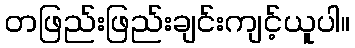
တဖြည်းဖြည်းချင်းကျင့်ယူပါ။